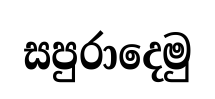
සපුරාදෙමු